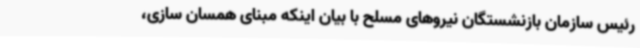
رئیس سازمان بازنشستگان نیروهای مسلح با بیان اینکه مبنای همسان سازی،